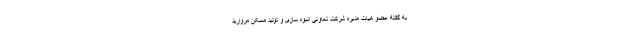
به گفته عضو هیات مدیره شرکت تعاونی انبوه سازی و تولید مسکن مروارید